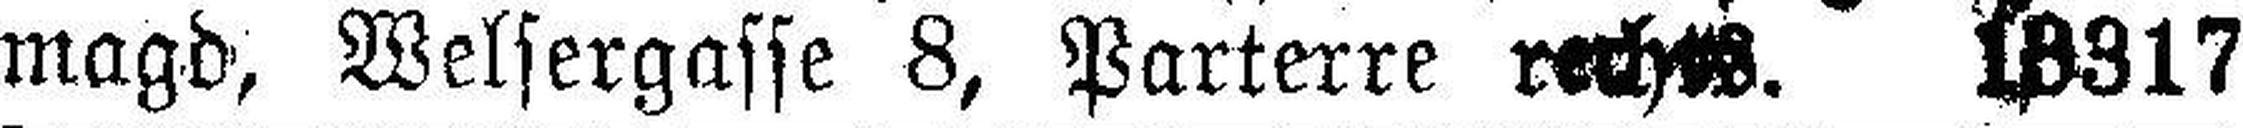
magd, Welsergasse 8, Parterre rechts. 13317